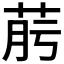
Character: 𦯟